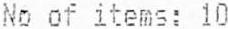
NO OF ITEMS: 10